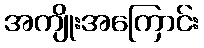
အကျိုးအကြောင်း